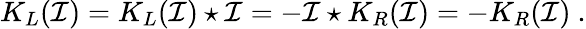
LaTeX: K_{L}(\mathcal{I})=K_{L}(\mathcal{I})\star\mathcal{I}=-\mathcal{I}\star K_{R}(\mathcal{I})=-K_{R}(\mathcal{I})\ .